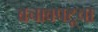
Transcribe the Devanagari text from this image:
बचावपटूचा